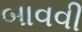
બાવવી